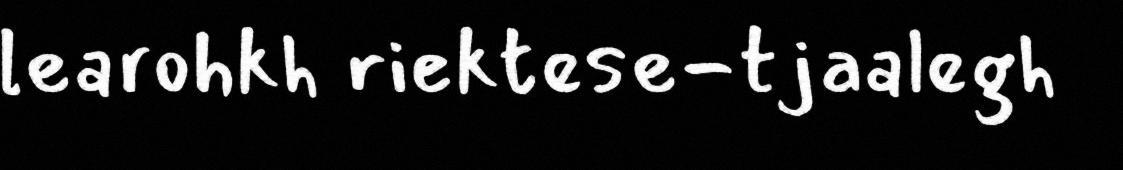
learohkh riektese-tjaalegh